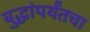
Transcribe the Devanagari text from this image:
बुद्धांपर्यंतचा